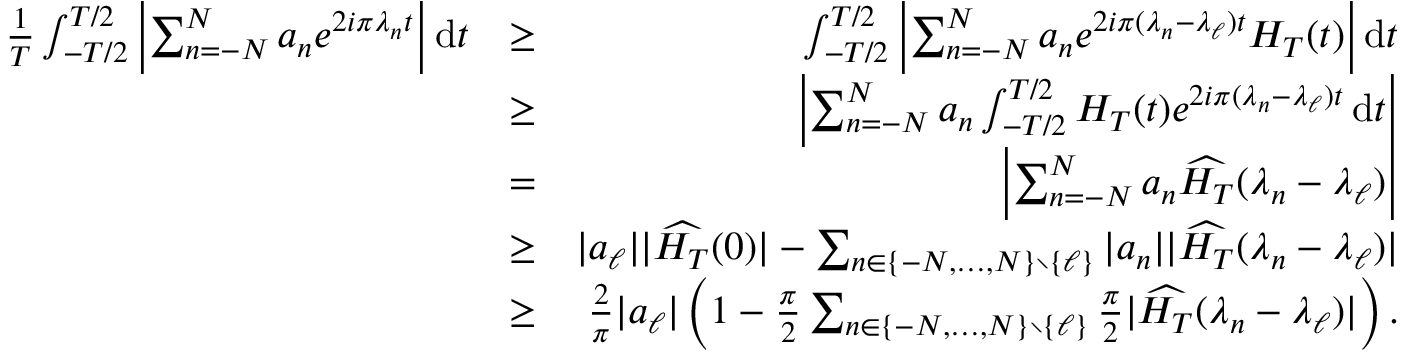
\begin{array} { r l r } { \frac { 1 } { T } \int _ { - T / 2 } ^ { T / 2 } { \left| { \sum _ { n = - N } ^ { N } a _ { n } e ^ { 2 i \pi \lambda _ { n } t } } \right| } \, \mathrm { d } t } & { \geq } & { \int _ { - T / 2 } ^ { T / 2 } { \left| { \sum _ { n = - N } ^ { N } a _ { n } e ^ { 2 i \pi ( \lambda _ { n } - \lambda _ { \ell } ) t } H _ { T } ( t ) } \right| } \, \mathrm { d } t } \\ & { \geq } & { { \left| { \sum _ { n = - N } ^ { N } a _ { n } \int _ { - T / 2 } ^ { T / 2 } H _ { T } ( t ) e ^ { 2 i \pi ( \lambda _ { n } - \lambda _ { \ell } ) t } \, \mathrm { d } t } \right| } } \\ & { = } & { { \left| { \sum _ { n = - N } ^ { N } a _ { n } \widehat { H _ { T } } ( \lambda _ { n } - \lambda _ { \ell } ) } \right| } } \\ & { \geq } & { | a _ { \ell } | | \widehat { H _ { T } } ( 0 ) | - \sum _ { n \in \{ - N , \ldots , N \} \setminus \{ \ell \} } | a _ { n } | | \widehat { H _ { T } } ( \lambda _ { n } - \lambda _ { \ell } ) | } \\ & { \geq } & { \frac { 2 } { \pi } | a _ { \ell } | \left( 1 - \frac { \pi } { 2 } \sum _ { n \in \{ - N , \ldots , N \} \setminus \{ \ell \} } \frac { \pi } { 2 } | \widehat { H _ { T } } ( \lambda _ { n } - \lambda _ { \ell } ) | \right) . } \end{array}